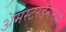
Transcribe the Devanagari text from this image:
अॅमस्टरडॅममध्ये